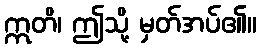
ဣတိ၊ ဤသို့ မှတ်အပ်၏။